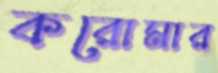
করোমার